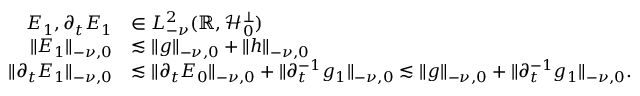
\begin{array} { r l } { E _ { 1 } , \partial _ { t } E _ { 1 } } & { \in L _ { - \nu } ^ { 2 } ( \mathbb { R } , \mathscr { H } _ { 0 } ^ { \bot } ) } \\ { \lVert E _ { 1 } \rVert _ { - \nu , 0 } } & { \lesssim \lVert g \rVert _ { - \nu , 0 } + \lVert h \rVert _ { - \nu , 0 } } \\ { \lVert \partial _ { t } E _ { 1 } \rVert _ { - \nu , 0 } } & { \lesssim \lVert \partial _ { t } E _ { 0 } \rVert _ { - \nu , 0 } + \lVert \partial _ { t } ^ { - 1 } g _ { 1 } \rVert _ { - \nu , 0 } \lesssim \lVert g \rVert _ { - \nu , 0 } + \lVert \partial _ { t } ^ { - 1 } g _ { 1 } \rVert _ { - \nu , 0 } . } \end{array}